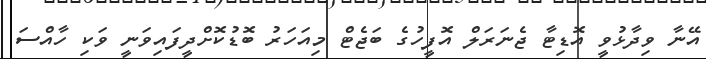
އޭނާ ވިދާޅުވީ އޮޑިޓާ ޖެނަރަލް އޮފީހުގެ ބަޖެޓް މިއަހަރު ބޮޑުކޮށްދީފައިވަނީ ވަކި ހާއްސަ